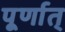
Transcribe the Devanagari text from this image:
पूर्णात्